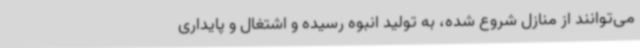
می‌توانند از منازل شروع شده، به تولید انبوه رسیده و اشتغال و پایداری